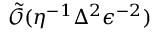
\tilde { \mathcal { O } } ( \eta ^ { - 1 } \Delta ^ { 2 } \epsilon ^ { - 2 } )